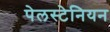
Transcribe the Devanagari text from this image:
पेलस्टेनियन